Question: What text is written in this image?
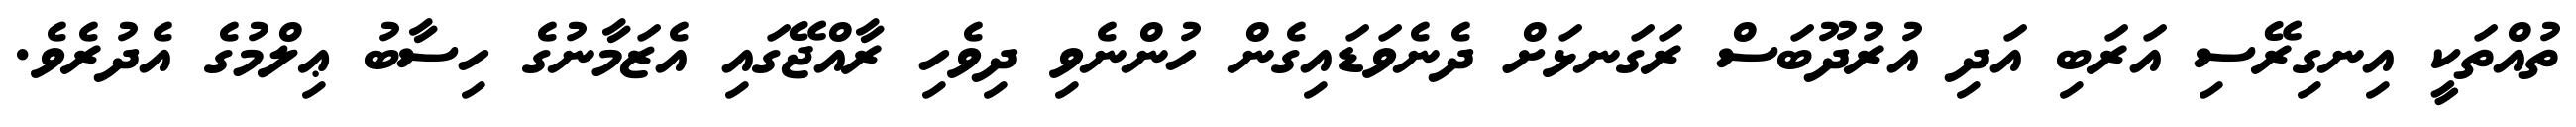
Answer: ތުއްތަކީ އިނގިރޭސި އަރަބި އަދި އުރުދޫބަސް ރަގަނޅަށް ދެނެވަޑައިގެން ހުންނެވި ދިވެހި ރާއްޖޭގައި އެޒަމާނުގެ ހިސާބު ޢިލްމުގެ އެދުރެވެ.